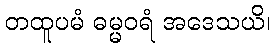
တထူပမံ ဓမ္မဝရံ အဒေသယိ၊